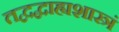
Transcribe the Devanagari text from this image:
तद्वद्बाह्यशास्त्रं